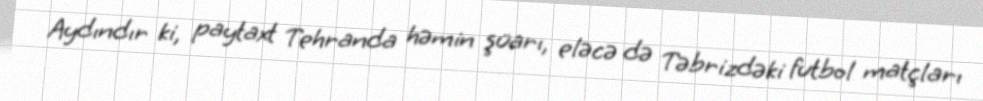
Aydındır ki, paytaxt Tehranda həmin şüarı, eləcə də Təbrizdəki futbol matçları